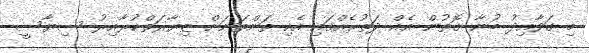
މި ގަވާއިދު ބުނާ ގޮތުން އެއް ދަތުރެއްގައި އެކި ތަންތަނަށް ޒިޔާރަތްކުރާއިރު ސިޔާސީ